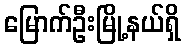
မြောက်ဦးမြို့နယ်ရှိ